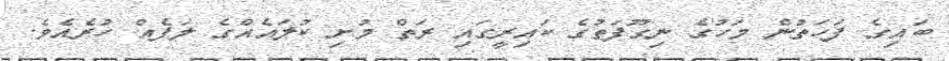
ބައިގެ ފަހަތުން މަހުގެ ނިގޫފަތުގެ ކައިރީގައި ރަތް މުށި ކުލައެއްގެ ލަފެއް ހުރެއެވެ.